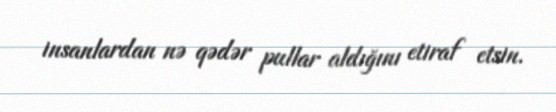
insanlardan nə qədər pullar aldığını etiraf etsin.